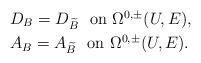
LaTeX: \begin{align*} &D_B=D_{\widetilde B}\ \ \mbox{on $\Omega^{0,\pm}(U,E)$}, \\&A_B=A_{\widetilde B}\ \ \mbox{on $\Omega^{0,\pm}(U,E)$}.\end{align*}